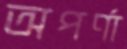
অপর্ণা